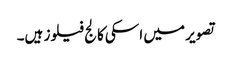
تصویر میں اسکی کالج فیلوز ہیں۔